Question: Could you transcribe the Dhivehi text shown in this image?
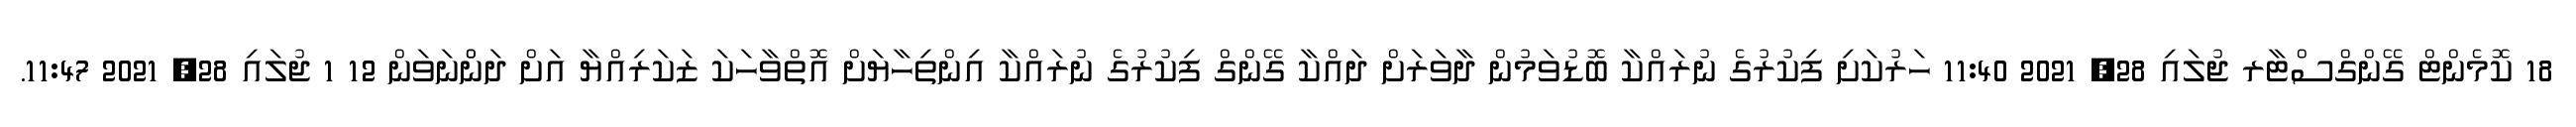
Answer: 18 ކޮމެންޓް ގޭންގްސްޓާރ ޖުލައި 28, 2021 11:40 ހަރުކަށި ފިކުރުގެ ނުރައްކާ ބޮޑުވަމުން ދާވަރަށް ދައްކާ ގޭންގް ފިކުރުގެ ނުރައްކާ އިންތިހާޔަށް އޮތްވާހަކަ ޒަކަރިއްޔާ އަށް ދަންްނަވަން 12 1 ޖުލައި 28, 2021 11:47.